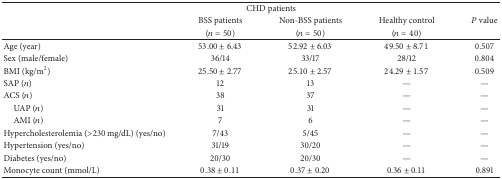
<table><thead><tr><td><b> </b></td><td colspan="2"><b>CHD patients</b></td><td><b> </b></td><td><b> </b></td></tr><tr><td><b> </b></td><td><b>BSS patients </b></td><td><b>Non-BSS patients </b></td><td><b>Healthy control</b></td><td><b><i>P</i> value</b></td></tr><tr><td><b> </b></td><td><b>(<i>n</i> = 50)</b></td><td><b>(<i>n</i> = 50)</b></td><td><b>(<i>n</i> = 40)</b></td><td><b> </b></td></tr></thead><tbody><tr><td>Age (year)</td><td>53.00 ± 6.43</td><td>52.92 ± 6.03</td><td>49.50 ± 8.71</td><td>0.507</td></tr><tr><td>Sex (male/female)</td><td>36/14 </td><td>33/17</td><td>28/12</td><td>0.804</td></tr><tr><td>BMI (kg/m<sup>2</sup>)</td><td>25.50 ± 2.77</td><td>25.10 ± 2.57</td><td>24.29 ± 1.57</td><td>0.509</td></tr><tr><td>SAP (<i>n</i>)</td><td>12</td><td>13</td><td>—</td><td>—</td></tr><tr><td>ACS (<i>n</i>)</td><td>38</td><td>37</td><td>—</td><td>—</td></tr><tr><td> UAP (<i>n</i>)</td><td>31 </td><td>31</td><td>—</td><td>—</td></tr><tr><td> AMI (<i>n</i>)</td><td>7</td><td>6</td><td>—</td><td>—</td></tr><tr><td>Hypercholesterolemia (&gt;230 mg/dL) (yes/no)</td><td>7/43</td><td>5/45</td><td>—</td><td>—</td></tr><tr><td>Hypertension (yes/no)</td><td>31/19</td><td>30/20</td><td>—</td><td>—</td></tr><tr><td>Diabetes (yes/no)</td><td>20/30</td><td>20/30</td><td>—</td><td>—</td></tr><tr><td>Monocyte count (mmol/L)</td><td>0.38 ± 0.11</td><td>0.37 ± 0.20</td><td>0.36 ± 0.11</td><td>0.891</td></tr></tbody></table>